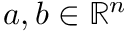
a , b \in \mathbb { R } ^ { n }